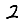
Digit: 2